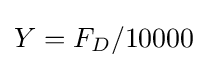
Y=F_{D}/10000